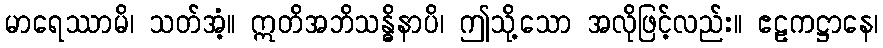
မာရေဿာမိ၊ သတ်အံ့။ ဣတိအဘိသန္ဓိနာပိ၊ ဤသို့သော အလိုဖြင့်လည်း။ ဧဠကဋ္ဌာနေ၊